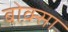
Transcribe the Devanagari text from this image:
बोक्सा